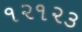
૧૨૧૨૩